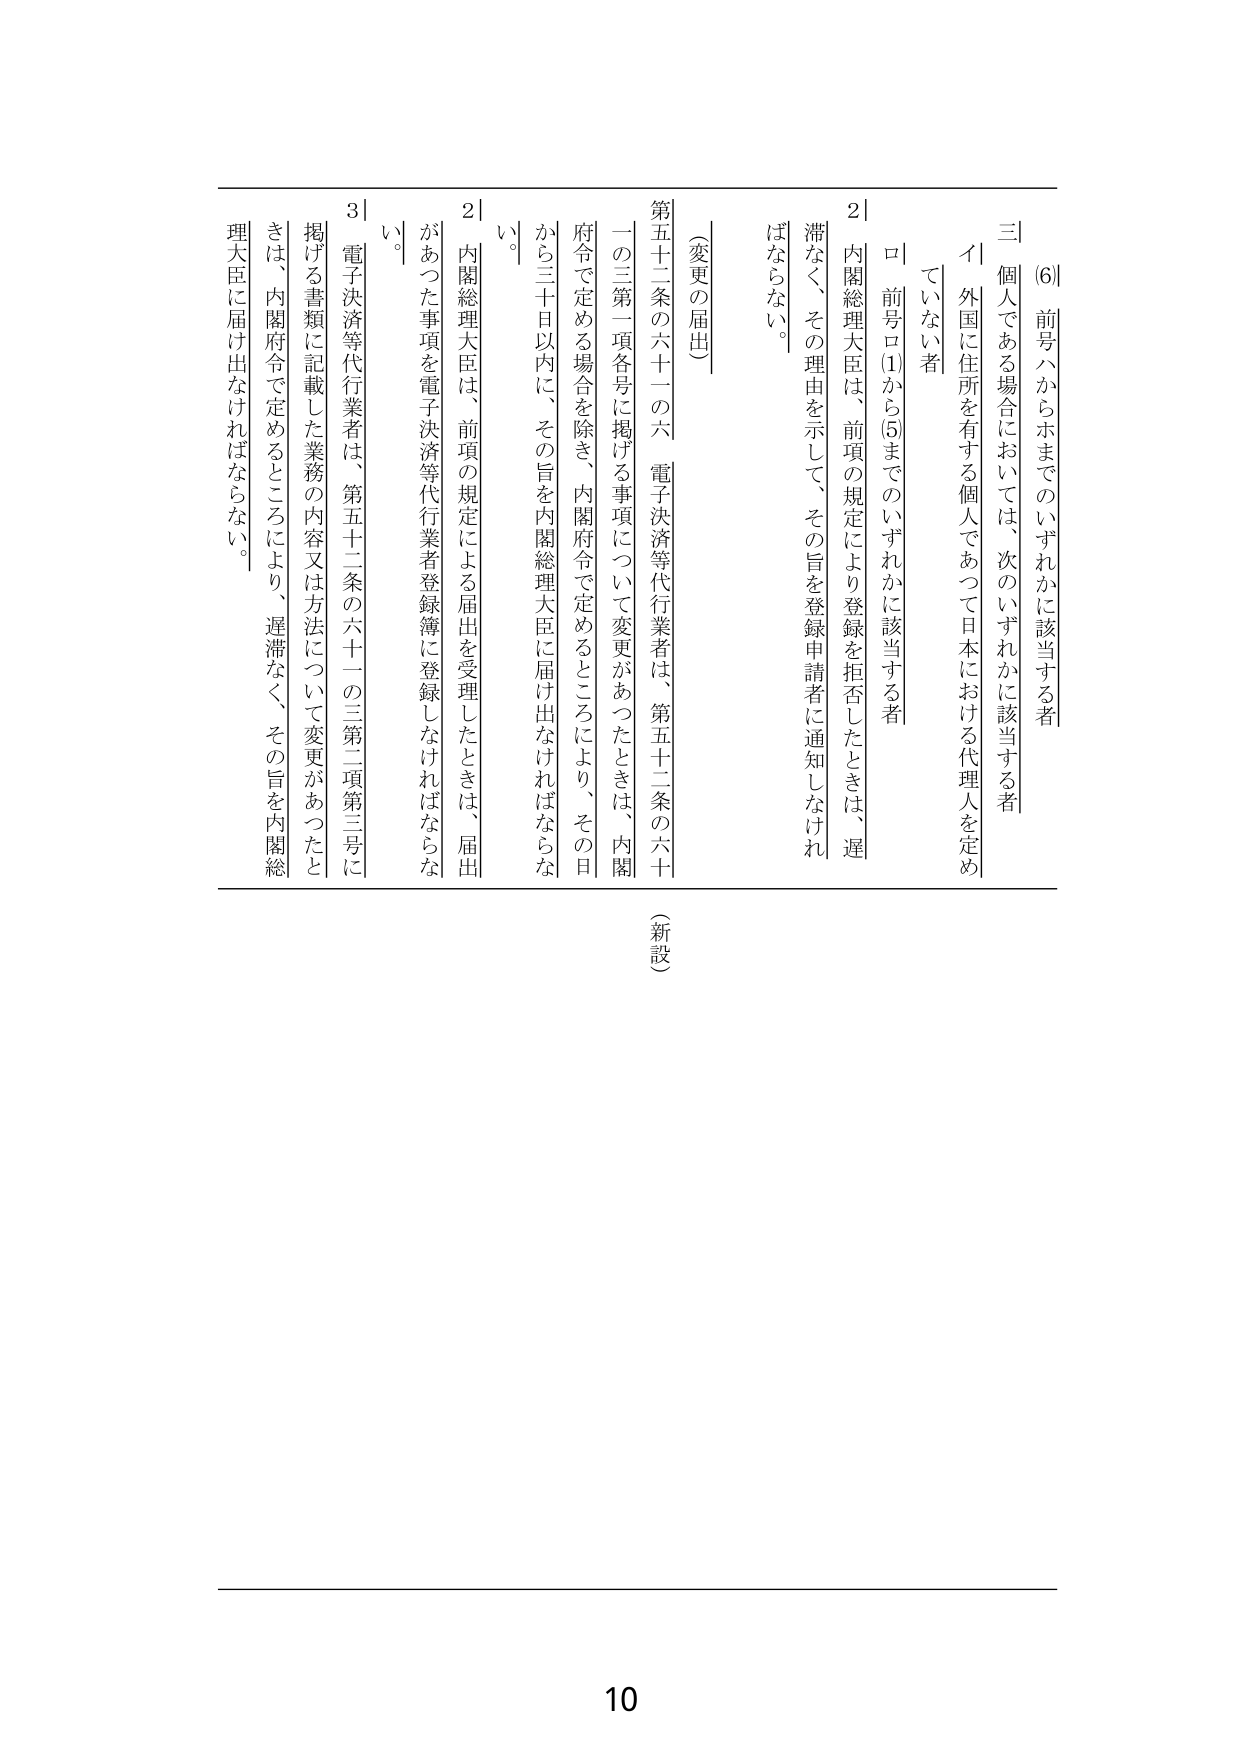
(6) 前号ハからホまでのいずれかに該当する者
三 個人である場合においては、次のいずれかに該当する者
イ 外国に住所を有する個人であつて日本における代理人を定めていない者
ロ 前号ロ(1)から(5)までのいずれかに該当する者

2｜内閣総理大臣は、前項の規定により登録を拒否したときは、遅滞なく、その理由を示して、その旨を登録申請者に通知しなければならない。

（変更の届出）
第五十二条の六十一の六 電子決済等代行業者は、第五十二条の六十一の三第一項各号に掲げる事項について変更があったときは、内閣府令で定める場合を除き、内閣府令で定めるところにより、その日から三十日以内に、その旨を内閣総理大臣に届け出なければならない。

2｜内閣総理大臣は、前項の規定による届出を受理したときは、届出があった事項を電子決済等代行業者登録簿に登録しなければならない。

3｜電子決済等代行業者は、第五十二条の六十一の三第二項第三号に掲げる書類に記載した業務の内容又は方法について変更があったときは、内閣府令で定めるところにより、遅滞なく、その旨を内閣総理大臣に届け出なければならない。

（新設）

10